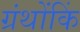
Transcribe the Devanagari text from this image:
ग्रंथोंकिं